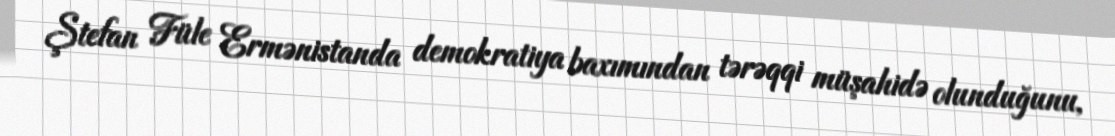
Ştefan Füle Ermənistanda demokratiya baxımından tərəqqi müşahidə olunduğunu,